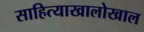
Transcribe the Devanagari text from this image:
साहित्याखालोखाल